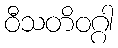
ဝီသတိဝဂ္ဂါ